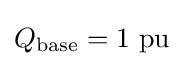
Q_{\text{base}}=1{\text{ pu}}